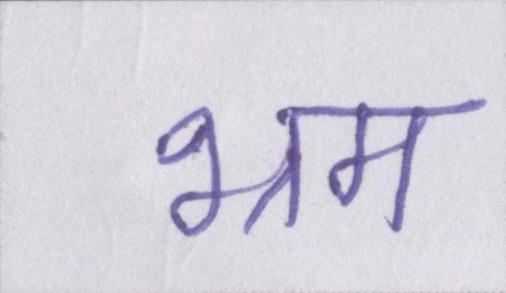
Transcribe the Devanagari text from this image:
भ्रम